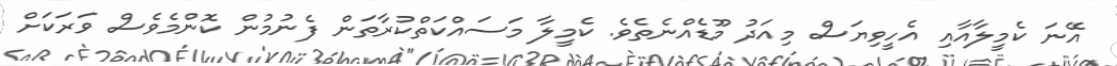
އޭނަ ކެމީލާއާއި އެހީވިޔަސް މިއަދު މޫޑެއްނެތެވެ. ކެމީލާ މަސައްކަތްކުރާތަން ފެނުމުން ކޮންމެވެސް ވަރަކަށް